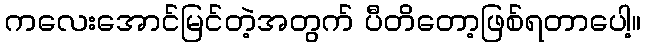
ကလေးအောင်မြင်တဲ့အတွက် ပီတိတော့ဖြစ်ရတာပေါ့။